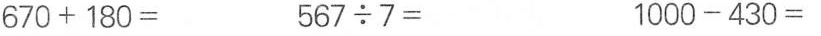
670+180= 567 \div 7= 1000-430=